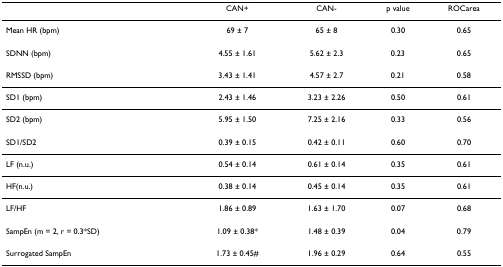
<table><thead><tr><td></td><td><b>CAN+</b></td><td><b>CAN-</b></td><td><b>p value</b></td><td><b>ROCarea</b></td></tr></thead><tbody><tr><td>Mean HR (bpm)</td><td>69 ± 7</td><td>65 ± 8</td><td>0.30</td><td>0.65</td></tr><tr><td>SDNN (bpm)</td><td>4.55 ± 1.61</td><td>5.62 ± 2.3</td><td>0.23</td><td>0.65</td></tr><tr><td>RMSSD (bpm)</td><td>3.43 ± 1.41</td><td>4.57 ± 2.7</td><td>0.21</td><td>0.58</td></tr><tr><td>SD1 (bpm)</td><td>2.43 ± 1.46</td><td>3.23 ± 2.26</td><td>0.50</td><td>0.61</td></tr><tr><td>SD2 (bpm)</td><td>5.95 ± 1.50</td><td>7.25 ± 2.16</td><td>0.33</td><td>0.56</td></tr><tr><td>SD1/SD2</td><td>0.39 ± 0.15</td><td>0.42 ± 0.11</td><td>0.60</td><td>0.70</td></tr><tr><td>LF (n.u.)</td><td>0.54 ± 0.14</td><td>0.61 ± 0.14</td><td>0.35</td><td>0.61</td></tr><tr><td>HF(n.u.)</td><td>0.38 ± 0.14</td><td>0.45 ± 0.14</td><td>0.35</td><td>0.61</td></tr><tr><td>LF/HF</td><td>1.86 ± 0.89</td><td>1.63 ± 1.70</td><td>0.07</td><td>0.68</td></tr><tr><td>SampEn (m = 2, r = 0.3*SD)</td><td>1.09 ± 0.38*</td><td>1.48 ± 0.39</td><td>0.04</td><td>0.79</td></tr><tr><td>Surrogated SampEn</td><td>1.73 ± 0.45#</td><td>1.96 ± 0.29</td><td>0.64</td><td>0.55</td></tr></tbody></table>